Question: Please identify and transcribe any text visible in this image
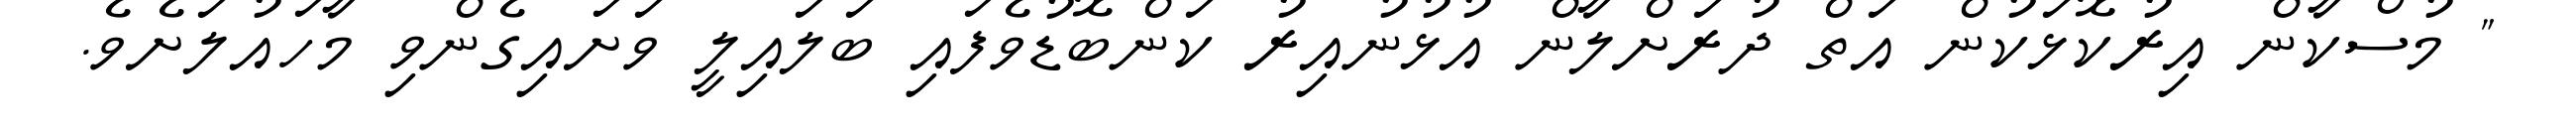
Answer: " މުސްކާން އިރުކޮޅަކުން އަތް ދުރަށްލާން އުޅުނުއިރު ކަންބޮޑުވެފައި ބަލައިލީ ވަށައިގެންވި މާހައުލަށެވެ.